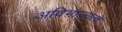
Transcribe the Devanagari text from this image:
अविभाज्यत्व